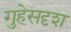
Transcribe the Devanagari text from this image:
गुहेसदृश